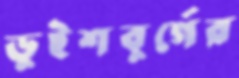
ডুইশবুর্গের